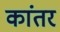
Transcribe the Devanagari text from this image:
कांतर